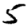
Digit: 5